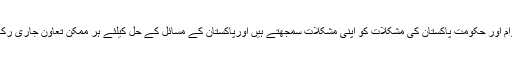
چینی عوام اور حکومت پاکستان کی مشکلات کو اپنی مشکلات سمجھتے ہیں اورپاکستان کے مسائل کے حل کیلئے ہر ممکن تعاون جاری رکھیں گے۔